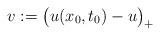
LaTeX: \begin{align*}v:=\big(u(x_0,t_0)-u\big)_+\end{align*}